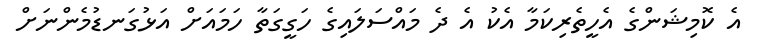
އެ ކޮމިޝަންގެ އެހީތެރިކަމާ އެކު އެ ދެ މައްސަލައިގެ ހަގީގަތާ ހަމައަށް އަޅުގަނޑުމެންނަށް